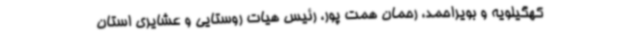
کهگیلویه و بویراحمد، رحمان همت پور، رئیس هیات روستایی و عشایری استان